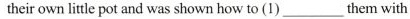
their ownltle pot and was shown how to (1) ___ them with